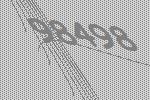
98498